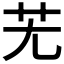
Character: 𦬍